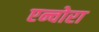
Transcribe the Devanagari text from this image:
एन्चोरा